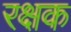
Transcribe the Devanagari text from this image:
रक्षक